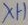
Text: X1-1